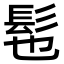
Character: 髢